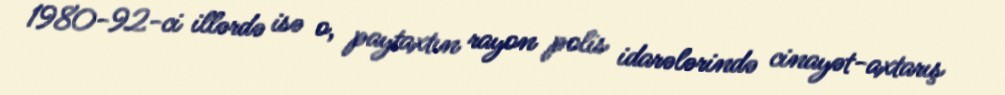
1980-92-ci illərdə isə o, paytaxtın rayon polis idarələrində cinayət-axtarış